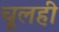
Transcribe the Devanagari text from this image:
चूलही